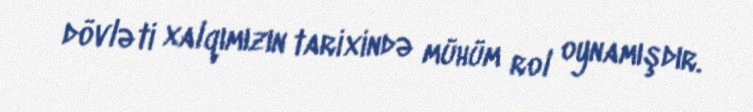
dövləti xalqımızın tarixində mühüm rol oynamışdır.